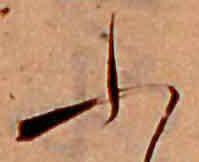
ふ